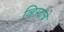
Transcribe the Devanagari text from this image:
व्हिस्टाचे